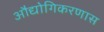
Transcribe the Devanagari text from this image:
औद्योगिकरणास